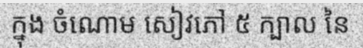
ក្នុង ចំណោម សៀវភៅ ៥ ក្បាល នៃ